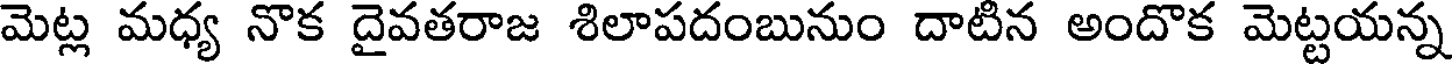
మెట్ల మధ్య నొక దైవతరాజ శిలాపదంబునుం దాటిన అందొక మెట్టయన్న